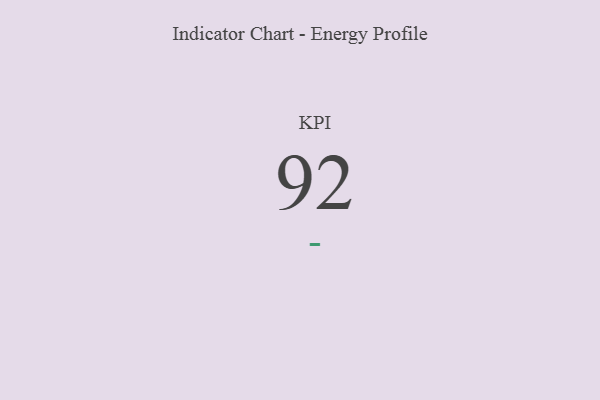
{"axis": {"x": "KPI", "y": "Value"}, "legend": [""], "data": [{"x": "KPI", "y": 92, "type": ""}]}